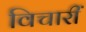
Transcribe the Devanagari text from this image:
विचारीं